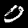
Label: 0